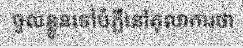
ចូលខ្លួនទៅបំភ្លឺនៅតុលាការថា